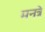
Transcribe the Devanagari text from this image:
मनत्रे